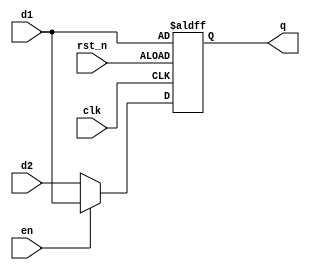
module d_ff (
           input      clk,
           input      rst_n,
           input      en,
           input    [15:0]  d1,
           input    [15:0]  d2,
           output reg [15:0] q
       );

always@(posedge clk or negedge rst_n)
    if (!rst_n)
        q <= d1;
    else if (en)
        q <= d1;
    else
        q <= d2;

endmodule